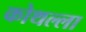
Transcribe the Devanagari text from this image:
कोथल्ला